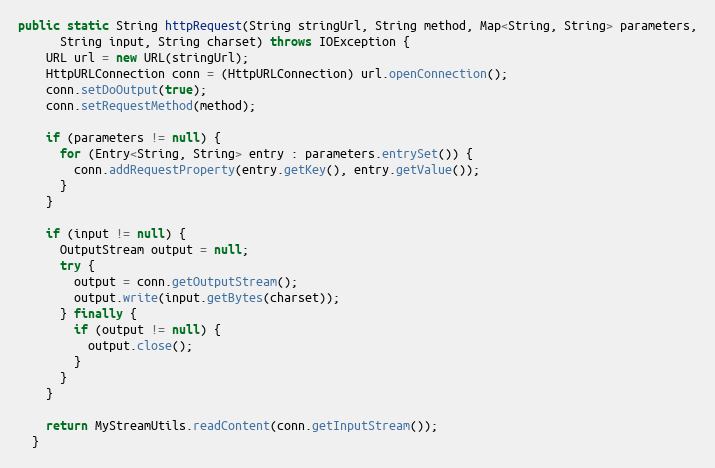
Language: Java
public static String httpRequest(String stringUrl, String method, Map<String, String> parameters,
      String input, String charset) throws IOException {
    URL url = new URL(stringUrl);
    HttpURLConnection conn = (HttpURLConnection) url.openConnection();
    conn.setDoOutput(true);
    conn.setRequestMethod(method);

    if (parameters != null) {
      for (Entry<String, String> entry : parameters.entrySet()) {
        conn.addRequestProperty(entry.getKey(), entry.getValue());
      }
    }

    if (input != null) {
      OutputStream output = null;
      try {
        output = conn.getOutputStream();
        output.write(input.getBytes(charset));
      } finally {
        if (output != null) {
          output.close();
        }
      }
    }

    return MyStreamUtils.readContent(conn.getInputStream());
  }